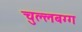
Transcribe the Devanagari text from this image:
चुल्लबग्ग